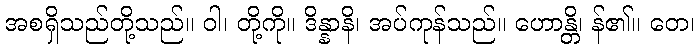
အစရှိသည်တို့သည်။ ဝါ၊ တို့ကို။ ဒိန္နာနိ၊ အပ်ကုန်သည်။ ဟောန္တိ၊ န်၏။ တေ၊